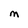
Character: M